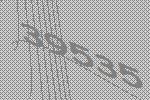
39535